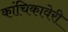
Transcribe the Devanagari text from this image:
कांचिकावेरी